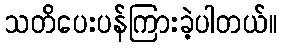
သတိပေးပန်ကြားခဲ့ပါတယ်။